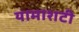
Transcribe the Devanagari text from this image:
यामाशटी